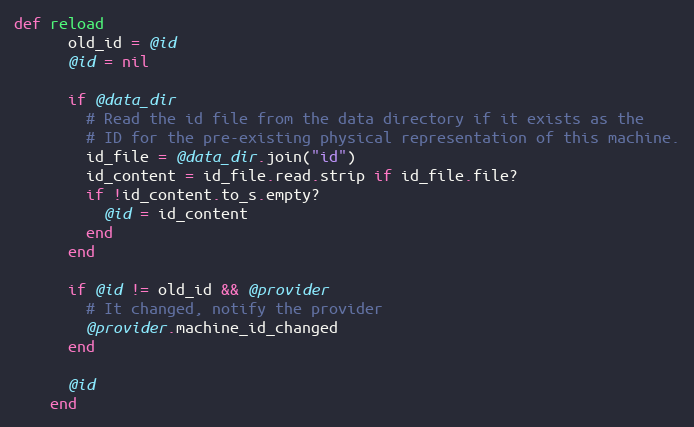
Language: Ruby
def reload
      old_id = @id
      @id = nil

      if @data_dir
        # Read the id file from the data directory if it exists as the
        # ID for the pre-existing physical representation of this machine.
        id_file = @data_dir.join("id")
        id_content = id_file.read.strip if id_file.file?
        if !id_content.to_s.empty?
          @id = id_content
        end
      end

      if @id != old_id && @provider
        # It changed, notify the provider
        @provider.machine_id_changed
      end

      @id
    end